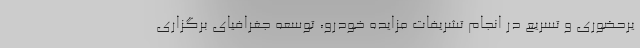
یرحضوری و تسریع در انجام تشریفات مزایده خودرو،‌ توسعه جغرافیای برگزاری